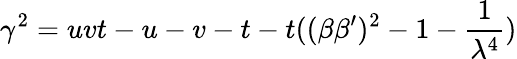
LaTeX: \gamma^{2}=uvt-u-v-t-t((\beta\beta^{\prime})^{2}-1-\frac 1{\lambda^{4}})